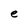
Character: e